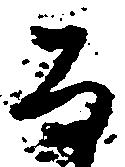
な